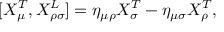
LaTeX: [ { \cal X } _ { \mu } ^ { T } , { \cal X } _ { \rho \sigma } ^ { L } ] = \eta _ { \mu \rho } { \cal X } _ { \sigma } ^ { T } - \eta _ { \mu \sigma } { \cal X } _ { \rho } ^ { T } ,